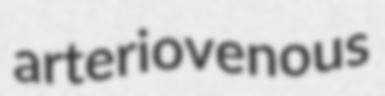
arteriovenous